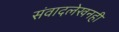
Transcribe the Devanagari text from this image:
संवादलेखनही